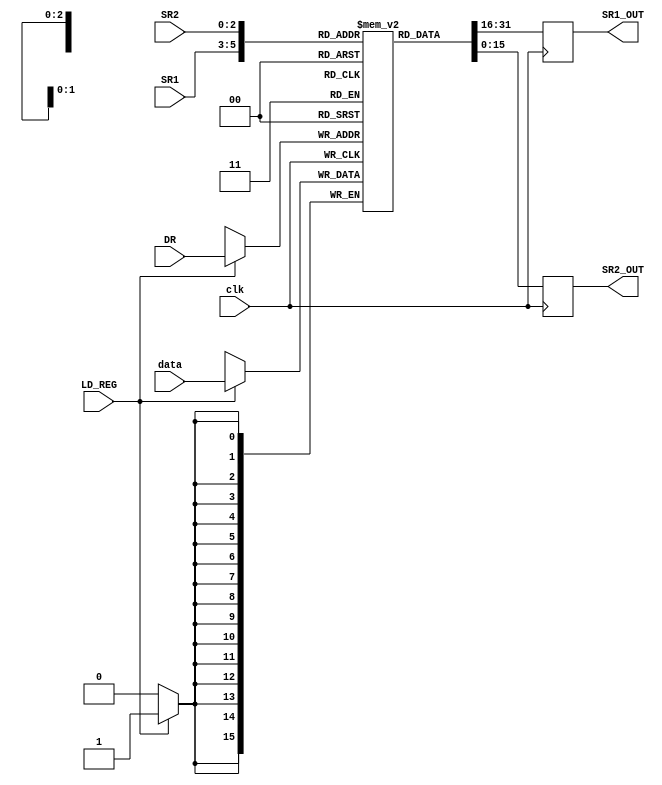
module REG_FILE(
    input wire clk,
    input wire [15:0]data,
    input wire LD_REG,
    input wire [2:0]DR,
    input wire [2:0]SR1,
    input wire [2:0]SR2,
    output reg [15:0]SR1_OUT,
    output reg [15:0]SR2_OUT
);

    reg [15:0]R[0:7];

    initial begin
        R[0] <= 0;
        R[1] <= 0;
        R[2] <= 0;
        R[3] <= 0;
        R[4] <= 0;
        R[5] <= 0;
        R[6] <= 0;
        R[7] <= 0;
    end

    always @ (posedge clk) begin
        SR1_OUT <= R[SR1];
        SR2_OUT <= R[SR2];

        if (LD_REG) begin
            R[DR] <= data;
        end
    end

endmodule